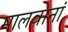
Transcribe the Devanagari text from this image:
मालवानां